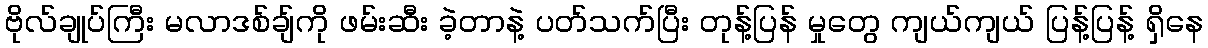
ဗိုလ်ချုပ်ကြီး မလာဒစ်ချ်ကို ဖမ်းဆီး ခဲ့တာနဲ့ ပတ်သက်ပြီး တုန့်ပြန် မှုတွေ ကျယ်ကျယ် ပြန့်ပြန့် ရှိနေ